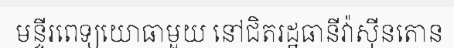
មន្ទីរពេទ្យយោធាមួយ នៅជិតរដ្ឋធានីវ៉ាស៊ីនតោន